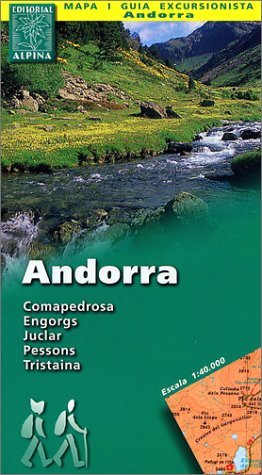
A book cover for Andorra; Salvador Llobet Reverter; Travel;